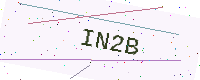
Text: IN2B